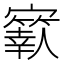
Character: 𡫬